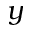
y